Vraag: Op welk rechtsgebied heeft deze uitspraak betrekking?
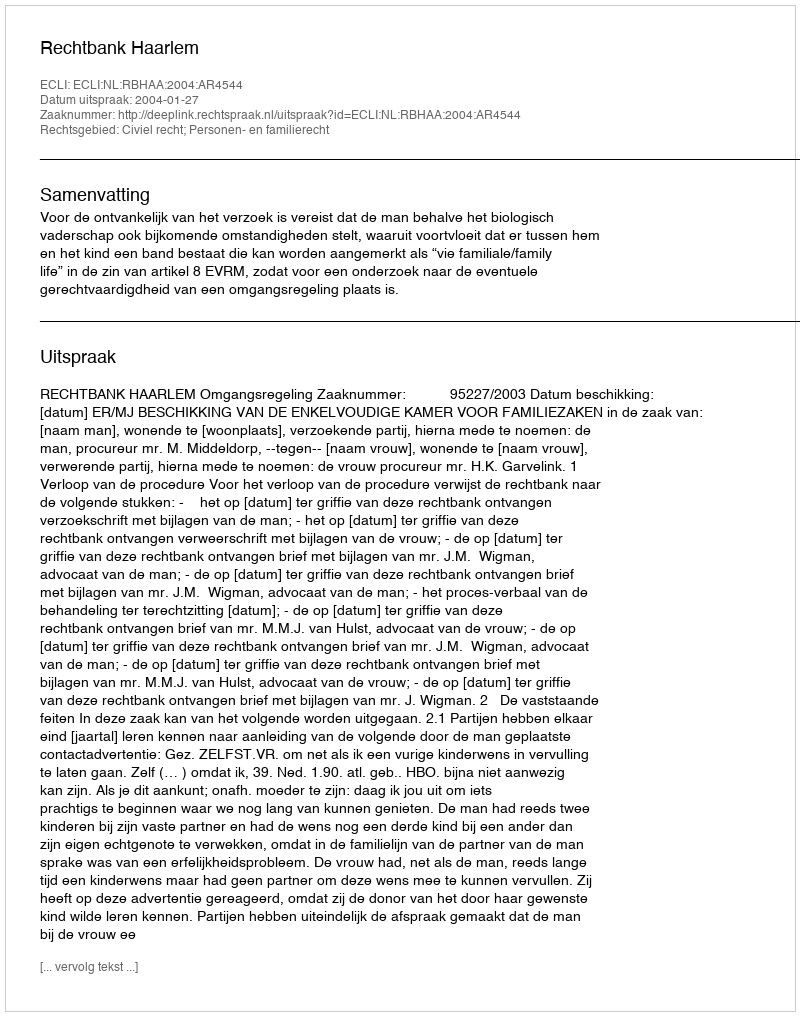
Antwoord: Civiel recht; Personen- en familierecht